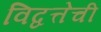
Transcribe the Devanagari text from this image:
विद्वत्तेची